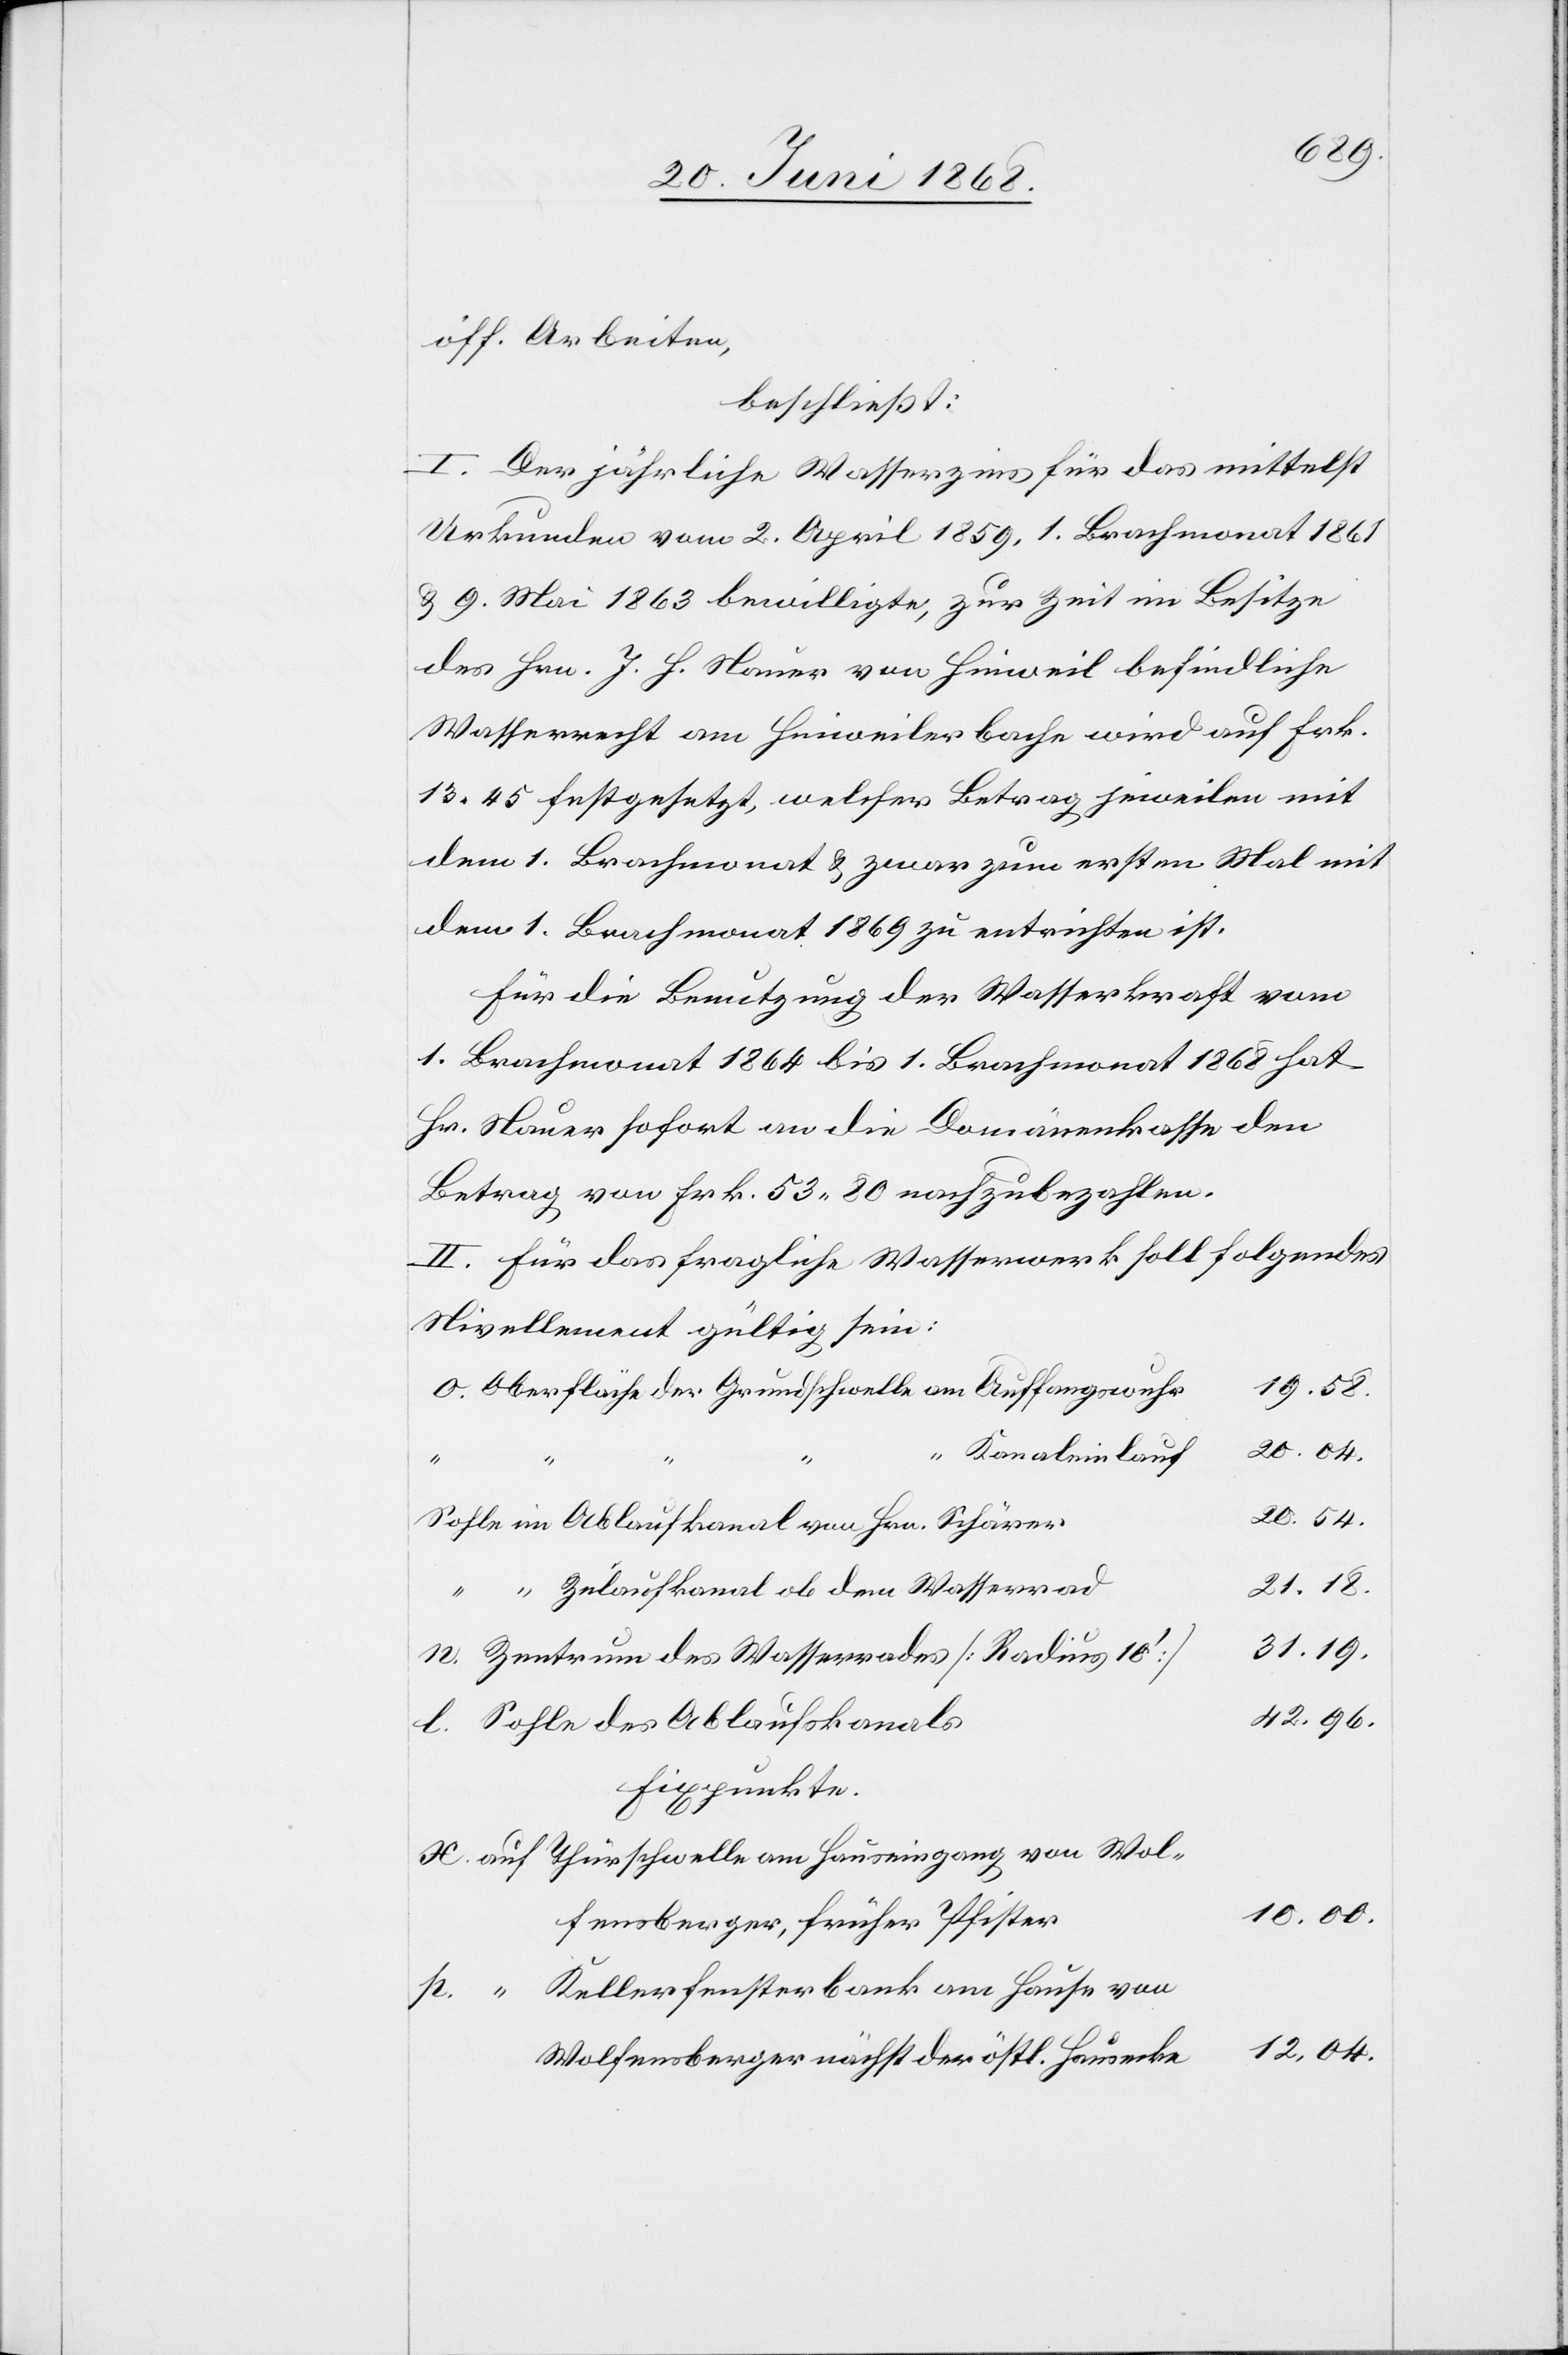
öff. Arbeiten,
beschließt:
I. Der jährliche Wasserzins für das mittelst
Urkunden vom 2. April 1859, 1. Brachmonat 1861
& 9. Mai 1863 bewilligte, zur Zeit im Besitze
des Hrn. J. H. Nauer von Hinweil befindliche
Wasserrecht am Hinweilerbache wird auf Frk.
13 45 festgesetzt, welcher Betrag jeweilen mit
dem 1. Brachmonat & zwar zum ersten Mal mit
dem 1. Brachmonat 1869 zu entrichten ist.
Für die Benutzung der Wasserkraft vom
1. Brachmonat 1864 bis 1. Brachmonat 1868 hat
Hr. Nauer sofort an die Domänenkasse den
Betrag von Frk. 53 80 nachzubezahlen.
II. Für das fragliche Wasserwerk soll folgendes
Nivellement gültig sein:
Oberfläche der Grundschwelle am Auffangswuhr
19.58.
Kanaleinlauf
p.
“
20.54.
Sohle im Ablaufkanal von Hrn. Schärer
21.18.
n.
Zulaufkanal ob dem Wasserrad
31.19.
Zentrum des Wasserrades [Radius 10‘]
42.96.
Sohle des Ablaufskanals
Fixpunkte.
auf Thürschwelle am Hauseingang von Wol¬
10.00.
fensberger, früher Pfister
“ Kellerfensterbank am Hause von
12.04.
Wolfensberger nächst der östl. Hausecke